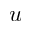
u